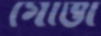
গোঁত্তা